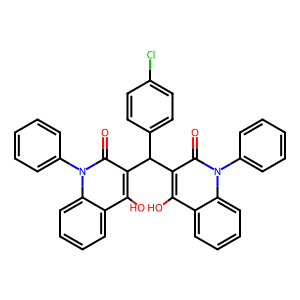
SMILES: O=c1c(C(c2ccc(Cl)cc2)c2c(O)c3ccccc3n(-c3ccccc3)c2=O)c(O)c2ccccc2n1-c1ccccc1
Inhibits HIV replication: No